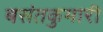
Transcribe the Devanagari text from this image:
बसंतकुमारी